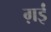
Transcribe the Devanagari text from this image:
ग़ईं